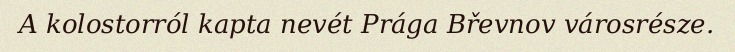
A kolostorról kapta nevét Prága Břevnov városrésze.